DOW-UAP-D74, Mission Report, Syria, November 2023
Agency: Department of War
Incident date: 11/9/23
Incident location: Syria
Page 3
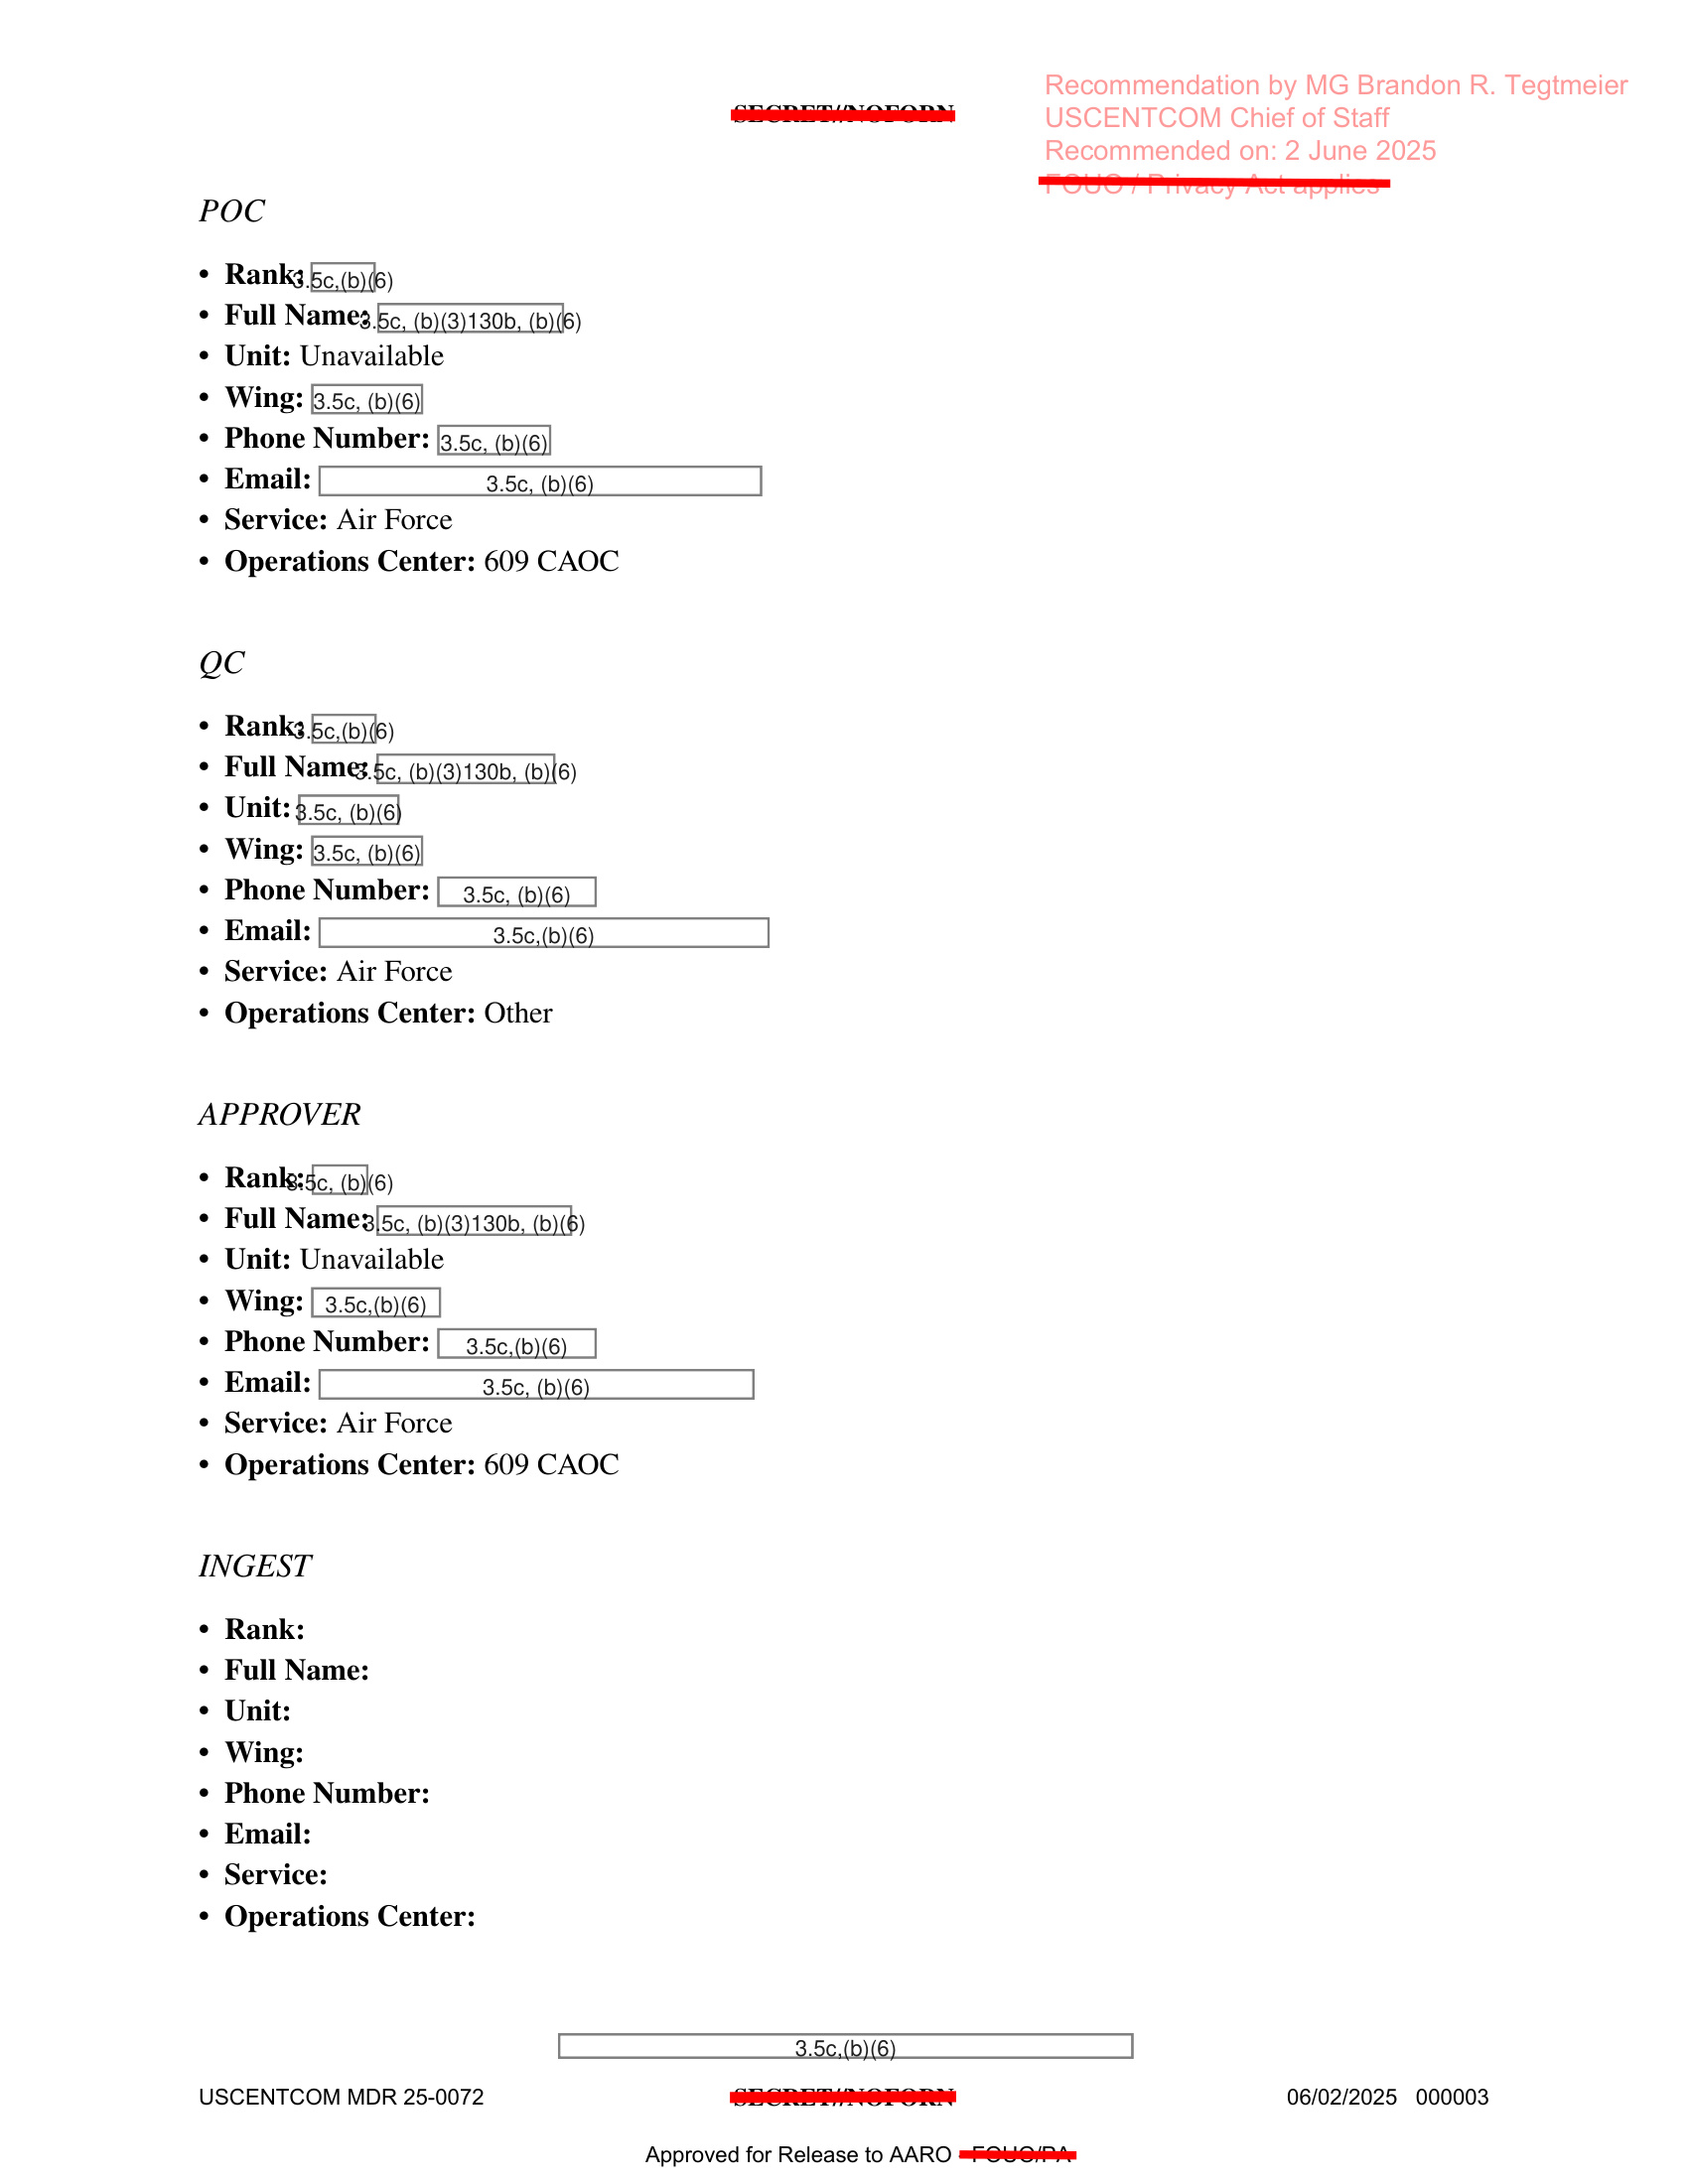